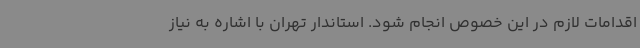
اقدامات لازم در این خصوص انجام شود. استاندار تهران با اشاره به نیاز